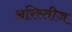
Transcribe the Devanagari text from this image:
अरिस्तीज